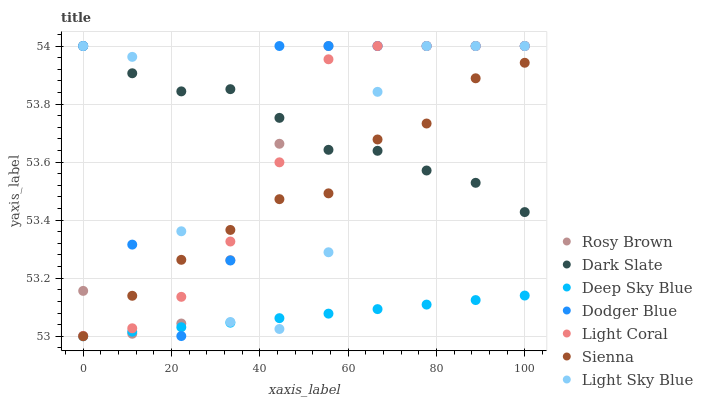
| xaxis_label | Rosy Brown | Dark Slate | Deep Sky Blue | Dodger Blue | Light Coral | Sienna | Light Sky Blue |
 | --- | --- | --- | --- | --- | --- | --- | --- |
 | 0 | 53.2 | 54 | 53 | 54 | 53 | 53 | 54 |
 | 11.1 | 53 | 53.9 | 53 | 53.3 | 53 | 53.1 | 54 |
 | 22.2 | 53 | 53.8 | 53 | 53 | 53.1 | 53.3 | 53.4 |
 | 33.3 | 53.3 | 53.9 | 53 | 53.3 | 53.3 | 53.4 | 53 |
 | 44.4 | 53.7 | 53.8 | 53.1 | 54 | 53.6 | 53.5 | 53 |
 | 55.6 | 54 | 53.6 | 53.1 | 54 | 54 | 53.5 | 53.3 |
 | 66.7 | 54 | 53.6 | 53.1 | 54 | 54 | 53.7 | 53.8 |
 | 77.8 | 54 | 53.6 | 53.1 | 54 | 54 | 53.7 | 54 |
 | 88.9 | 54 | 53.5 | 53.1 | 54 | 54 | 53.9 | 54 |
 | 100 | 54 | 53.4 | 53.1 | 54 | 54 | 53.9 | 54 |